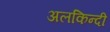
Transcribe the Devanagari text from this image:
अलकिन्दी